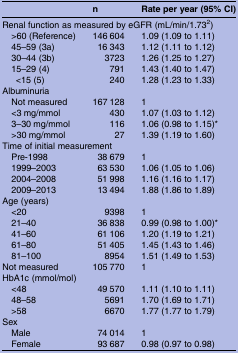
<table><thead><tr><td></td><td><b>n</b></td><td><b>Rate per year (95% CI)</b></td></tr></thead><tbody><tr><td colspan="3">Renal function as measured by eGFR (mL/min/1.73<sup>2</sup>)</td></tr><tr><td> &gt;60 (Reference)</td><td>146 604</td><td>1.09 (1.09 to 1.11)</td></tr><tr><td> 45–59 (3a)</td><td>16 343</td><td>1.12 (1.11 to 1.12)</td></tr><tr><td> 30–44 (3b)</td><td>3723</td><td>1.26 (1.25 to 1.27)</td></tr><tr><td> 15–29 (4)</td><td>791</td><td>1.43 (1.40 to 1.47)</td></tr><tr><td>&lt;15 (5)</td><td>240</td><td>1.28 (1.23 to 1.33)</td></tr><tr><td colspan="3">Albuminuria</td></tr><tr><td> Not measured</td><td>167 128</td><td>1</td></tr><tr><td> &lt;3 mg/mmol</td><td>430</td><td>1.07 (1.03 to 1.12)</td></tr><tr><td> 3–30 mg/mmol</td><td>116</td><td>1.06 (0.98 to 1.15)*</td></tr><tr><td> &gt;30 mg/mmol</td><td>27</td><td>1.39 (1.19 to 1.60)</td></tr><tr><td colspan="3">Time of initial measurement</td></tr><tr><td> Pre-1998</td><td>38 679</td><td>1</td></tr><tr><td> 1999–2003</td><td>63 530</td><td>1.06 (1.05 to 1.06)</td></tr><tr><td> 2004–2008</td><td>51 998</td><td>1.16 (1.16 to 1.17)</td></tr><tr><td> 2009–2013</td><td>13 494</td><td>1.88 (1.86 to 1.89)</td></tr><tr><td colspan="3">Age (years)</td></tr><tr><td> &lt;20</td><td>9398</td><td>1</td></tr><tr><td> 21–40</td><td>36 838</td><td>0.99 (0.98 to 1.00)*</td></tr><tr><td> 41–60</td><td>61 106</td><td>1.20 (1.19 to 1.21)</td></tr><tr><td> 61–80</td><td>51 405</td><td>1.45 (1.43 to 1.46)</td></tr><tr><td> 81–100</td><td>8954</td><td>1.51 (1.49 to 1.53)</td></tr><tr><td>Not measured</td><td>105 770</td><td>1</td></tr><tr><td colspan="3">HbA1c (mmol/mol)</td></tr><tr><td> &lt;48</td><td>49 570</td><td>1.11 (1.10 to 1.11)</td></tr><tr><td> 48–58</td><td>5691</td><td>1.70 (1.69 to 1.71)</td></tr><tr><td> &gt;58</td><td>6670</td><td>1.77 (1.77 to 1.79)</td></tr><tr><td colspan="3">Sex</td></tr><tr><td> Male</td><td>74 014</td><td>1</td></tr><tr><td> Female</td><td>93 687</td><td>0.98 (0.97 to 0.98)</td></tr></tbody></table>